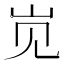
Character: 𱛊